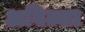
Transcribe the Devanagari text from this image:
अविज्जा